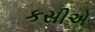
કસીએ